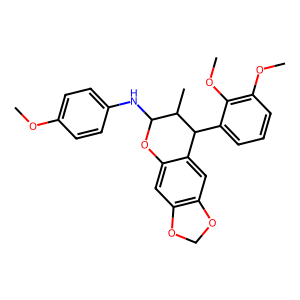
SMILES: COc1ccc(NC2Oc3cc4c(cc3C(c3cccc(OC)c3OC)C2C)OCO4)cc1
Inhibits HIV replication: No